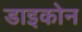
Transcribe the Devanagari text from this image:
डाइकोन